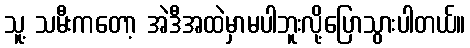
သူ့ သမီးကတော့ အဲဒီအထဲမှာမပါဘူးလို့ပြောသွားပါတယ်။